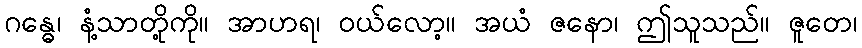
ဂန္ဓေ၊ နံ့သာတို့ကို။ အာဟရ၊ ဝယ်လော့။ အယံ ဇနော၊ ဤသူသည်။ ဇူတေ၊